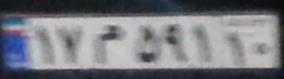
۱۷م۵۹۱۱۰